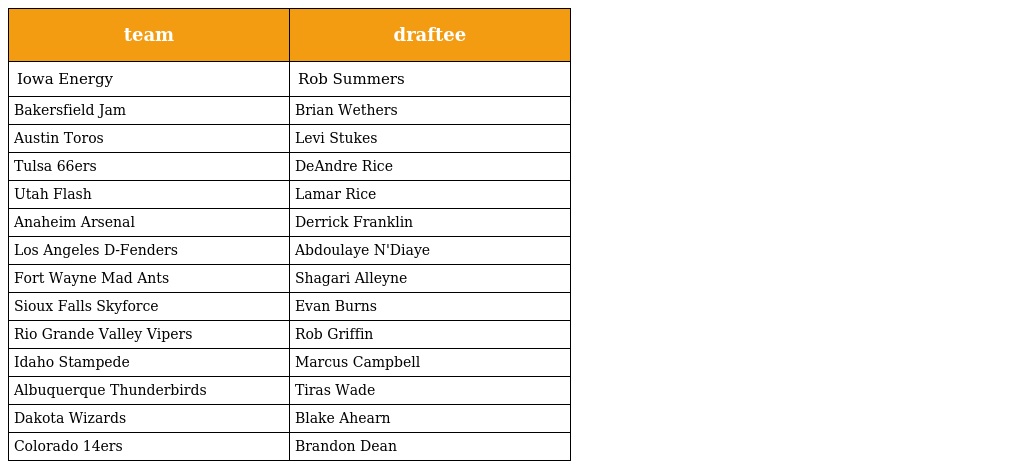
| team | draftee |
 | --- | --- |
 | Iowa Energy | Rob Summers |
 | Bakersfield Jam | Brian Wethers |
 | Austin Toros | Levi Stukes |
 | Tulsa 66ers | DeAndre Rice |
 | Utah Flash | Lamar Rice |
 | Anaheim Arsenal | Derrick Franklin |
 | Los Angeles D-Fenders | Abdoulaye N'Diaye |
 | Fort Wayne Mad Ants | Shagari Alleyne |
 | Sioux Falls Skyforce | Evan Burns |
 | Rio Grande Valley Vipers | Rob Griffin |
 | Idaho Stampede | Marcus Campbell |
 | Albuquerque Thunderbirds | Tiras Wade |
 | Dakota Wizards | Blake Ahearn |
 | Colorado 14ers | Brandon Dean |